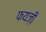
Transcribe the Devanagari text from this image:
फयज़ी